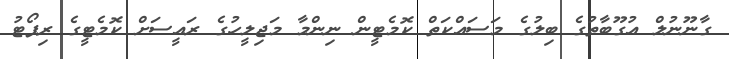
ގާނޫނުލް އުގޫބާތުގެ ބިލުގެ މަސައްކަތް ކޮމެޓީން ނިންމާ މަޖިލީހުގެ ރައީސަށް ކޮމެޓީގެ ރިޕޯޓު